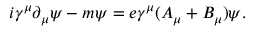
i \gamma ^ { \mu } \partial _ { \mu } \psi - m \psi = e \gamma ^ { \mu } ( A _ { \mu } + B _ { \mu } ) \psi .